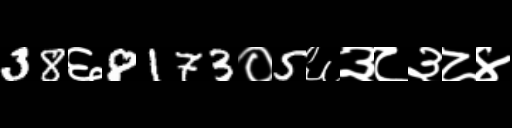
Text: 38६8173०5६३८३८४